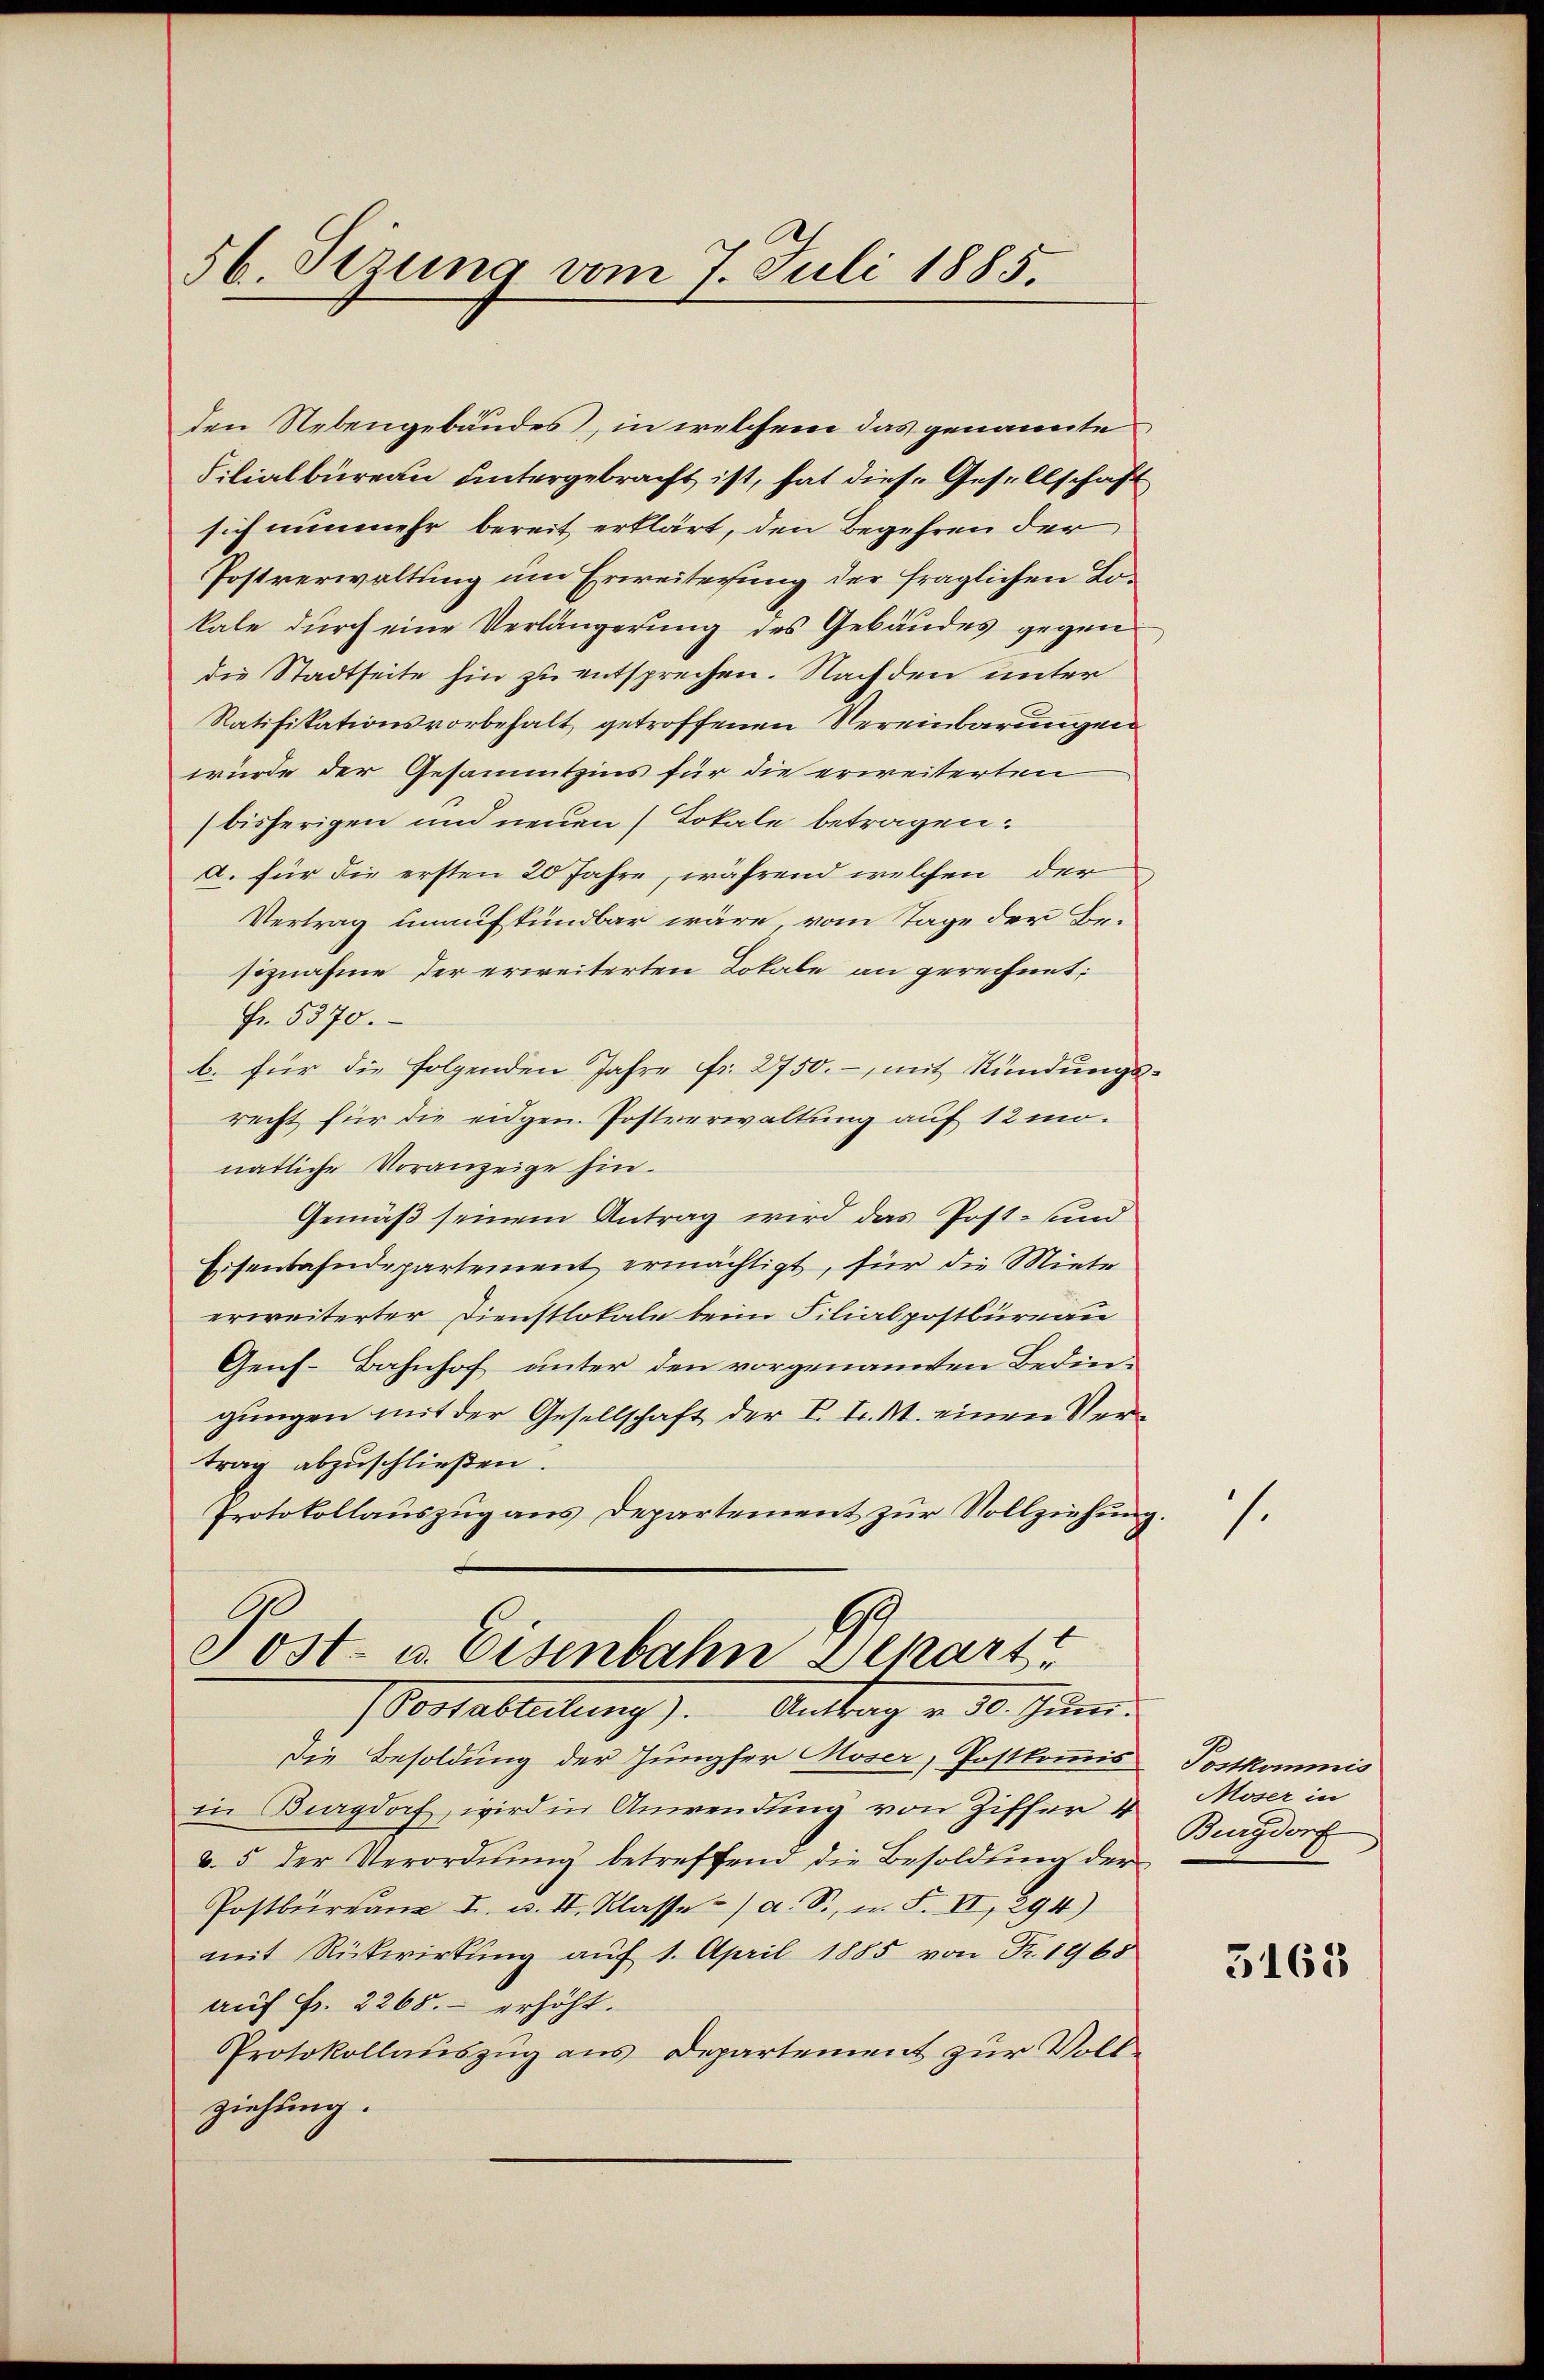
56. Sezung vom 7. Juli 1885.

den Nebengebäudes, in welchem das genannte
Filialbüreau untergebracht ist, hat diese Gesellschaft
sich nunmehr bereit erklärt, den Begehren der
Postverwaltung um Erweiterung der fraglichen Lokale durch eine Verlängerung des Gebäudes gegen
die Stadtseite hin zu entsprechen. Nachden unter
Ratifikationsvorbehalt getroffenen Vereinbarungen
würde der Gesammtzins für die erweiterten
bisherigen und neuen Lokale betragen.
a. für die ersten 20 Jahre, während welchen der
Vertrag unaufkündbar wäre, vom Tage der Besiznahme der erweiterten Lokale an gerechnet:
Fr. 5370.
b. für die folgenden Jahre Fr. 2750.-, mit Kündŭngs-
recht für die eidgen. Postverwaltung auf 12 monatliche Voranzeige hin.
Gemäß seinem Antrag wird das Post- und
Eisenbahndepartement ermächtigt, für die Miete
erweiterter Dienstlokale beim Filialpostbüreau
Genf. Bahnhof unter den vorgenannten Bedingungen mit der Gesellschaft der V. P. M. einen Vertrag abzuschließen.
Protokollauszug aus Departement zur Vollziehung
1
Post- u. Eisenbahn Schart
(Postabteilung). Antrag u. 30. Juni.
Die Besoldung der Jungfer Moser, Postkommis
in Burgdorf, wird in Anwendung von Ziffer 4
a. 5 der Verordnŭng betreffend die Besoldung der
Postbürgane I. u. II. Klasse / a. S., n. F. II, 294)
mit Rückwirkung auf 1. April 1885 von Fr. 1965
auf Fr. 2265. erhöht.
Protokollauszug aus Departement zur Vollziehung.

s.

Postkommis
Moser in
Burgdorf

3163